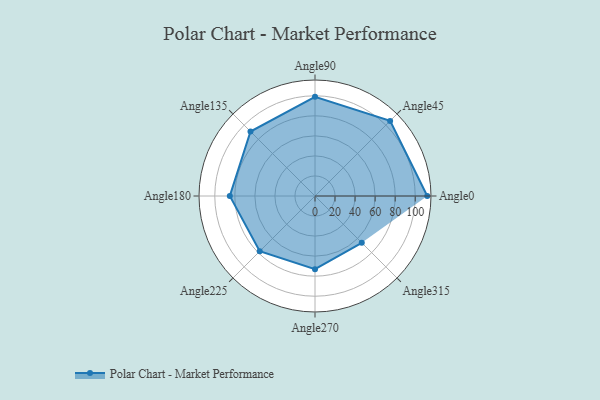
{"axis": {"x": "Angle", "y": "Radius"}, "legend": [""], "data": [{"x": "Angle0", "y": 112.0, "type": ""}, {"x": "Angle45", "y": 106.0, "type": ""}, {"x": "Angle90", "y": 99.0, "type": ""}, {"x": "Angle135", "y": 91.0, "type": ""}, {"x": "Angle180", "y": 85.0, "type": ""}, {"x": "Angle225", "y": 78.0, "type": ""}, {"x": "Angle270", "y": 73.0, "type": ""}, {"x": "Angle315", "y": 66.0, "type": ""}]}